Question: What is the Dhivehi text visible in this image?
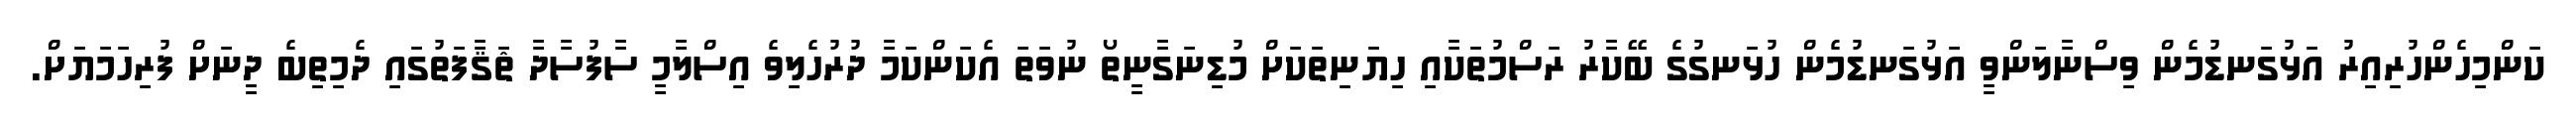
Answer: ކަންމިހެންހުރިއިރު އަޅުގަނޑުމެން ވިސްނާލަންވީ އަޅުގަނޑުމެން ހުޅަނގުގެ ބޭކާރު ރަސްމުތަކާއި ހިޔަނިތަކަށް މުޑިނަގާނީތޯ ނުވަތަ އެކަންކަމާ ދުރުހެލިވެ އިސްލާމީ ސާފުސާދާ ޘަޤާފަތުގައި ދެމިތިބެ ދީނަށް ފުރިހަމަޔަށް.